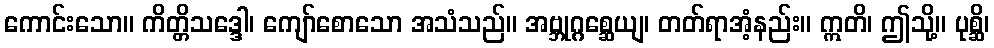
ကောင်းသော။ ကိတ္တိသဒ္ဒေါ၊ ကျော်စောသော အသံသည်။ အဗ္ဘုဂ္ဂစ္ဆေယျ၊ တတ်ရာအံ့နည်း။ ဣတိ၊ ဤသို့။ ပုစ္ဆိ၊